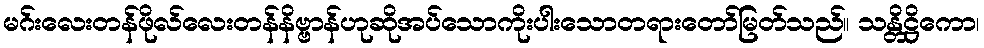
မဂ်းလေးတန်ဖိုလ်လေးတန်နိဗ္ဗာန်ဟုဆိုအပ်သောကိုးပါးသောတရားတော်မြတ်သည်။ သန္တိဋ္ဌိကော၊